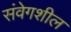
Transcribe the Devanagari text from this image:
संवेगशील